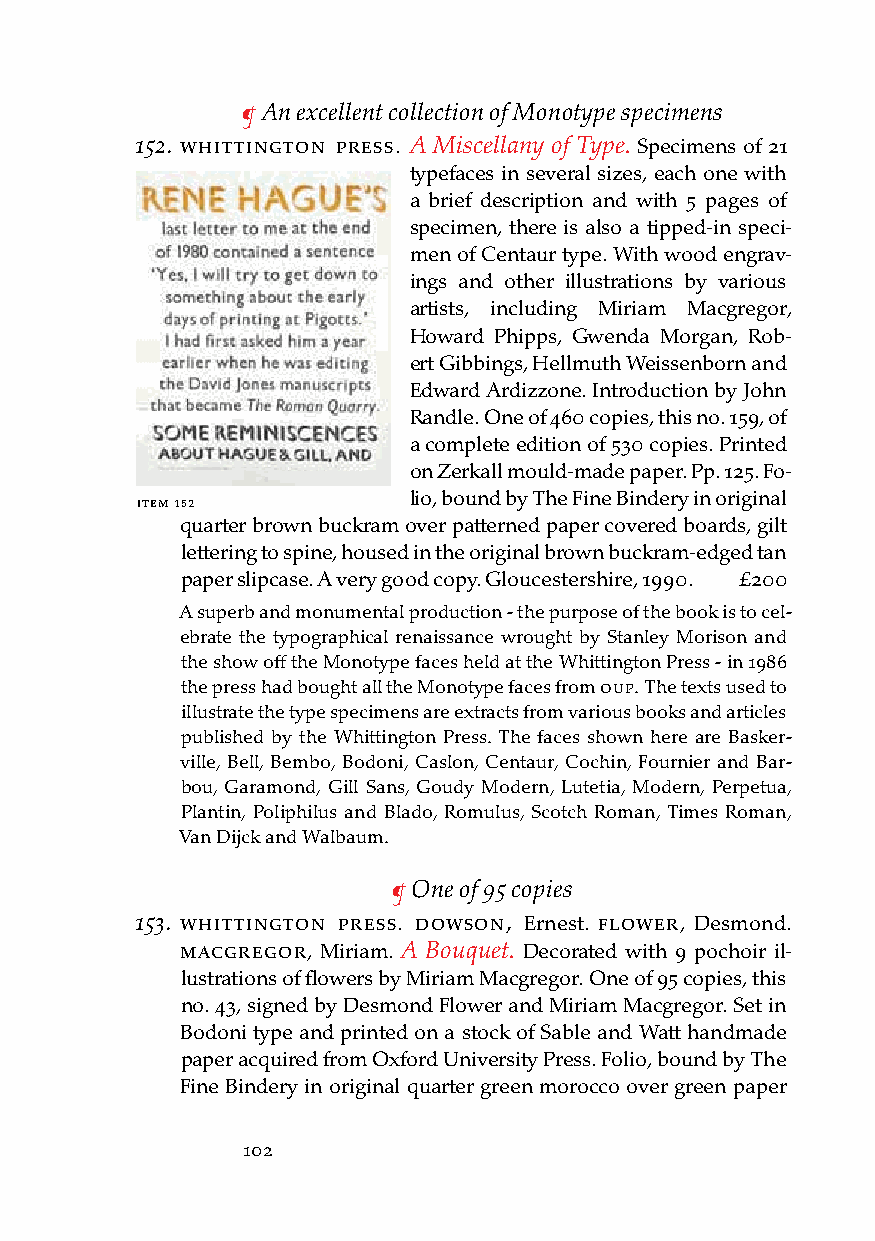
¶ An excellent collection of Monotype specimens
 152. WHittington Press. A Miscellany of Type. Specimens of 21
 typefaces in several sizes, each one with
 a brief description and with 5 pages of
 specimen, there is also a tipped-in speci-
 men of Centaur type. With wood engrav-
 ings and other illustrations by various
 artists, including Miriam Macgregor,
 Howard Phipps, Gwenda Morgan, Rob-
 ert Gibbings, Hellmuth Weissenborn and
 Edward Ardizzone. Introduction by John
 Randle. One of 460 copies, this no. 159, of
 a complete edition of 530 copies. Printed
 on Zerkall mould-made paper. Pp. 125. Fo-
 iteM 152          lio, bound by The Fine Bindery in original
 quarter brown buckram over patterned paper covered boards, gilt
 lettering to spine, housed in the original brown buckram-edged tan
 paper slipcase. A very good copy. Gloucestershire, 1990. £200
 A superb and monumental production - the purpose of the book is to cel-
 ebrate the typographical renaissance wrought by Stanley Morison and
 the show off the Monotype faces held at the Whittington Press - in 1986
 the press had bought all the Monotype faces from ouP. The texts used to
 illustrate the type specimens are extracts from various books and articles
 published by the Whittington Press. The faces shown here are Basker-
 ville, Bell, Bembo, Bodoni, Caslon, Centaur, Cochin, Fournier and Bar-
 bou, Garamond, Gill Sans, Goudy Modern, Lutetia, Modern, Perpetua,
 Plantin, Poliphilus and Blado, Romulus, Scotch Roman, Times Roman,
 Van Dijck and Walbaum.
 ¶ One of 95 copies
 153. WHittington Press. doWson, Ernest. floWer, Desmond.
 Macgregor, Miriam. A Bouquet. Decorated with 9 pochoir il-
 lustrations of flowers by Miriam Macgregor. One of 95 copies, this
 no. 43, signed by Desmond Flower and Miriam Macgregor. Set in
 Bodoni type and printed on a stock of Sable and Watt handmade
 paper acquired from Oxford University Press. Folio, bound by The
 Fine Bindery in original quarter green morocco over green paper
 102